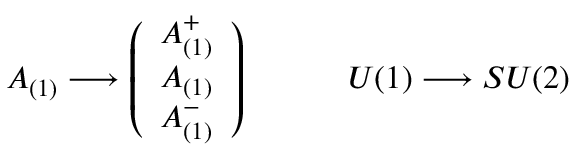
A _ { ( 1 ) } \longrightarrow \left( \begin{array} { l } { { A _ { ( 1 ) } ^ { + } } } \\ { { A _ { ( 1 ) } } } \\ { { A _ { ( 1 ) } ^ { - } } } \end{array} \right) \qquad \quad U ( 1 ) \longrightarrow S U ( 2 )